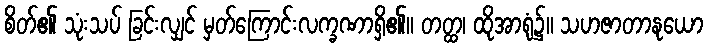
စိတ်၏ သုံးသပ် ခြင်းလျှင် မှတ်ကြောင်းလက္ခဏာရှိ၏။ တတ္ထ၊ ထိုအာရုံ၌။ သဟဇာတာနုယော